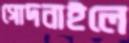
গোদনাইলে